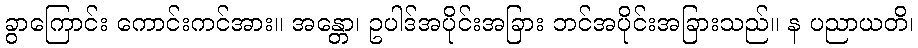
ခွာကြောင်း ကောင်းကင်အား။ အန္တော၊ ဥပါဒ်အပိုင်းအခြား ဘင်အပိုင်းအခြားသည်။ န ပညာယတိ၊